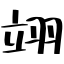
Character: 翊